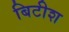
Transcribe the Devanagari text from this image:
बिटीश